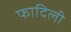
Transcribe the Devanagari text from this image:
फादिली